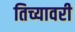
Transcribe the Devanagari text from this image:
तिच्यावरी